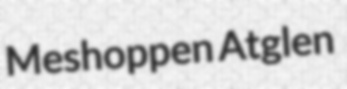
Meshoppen Atglen